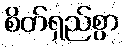
စိတ်ရှည်စွာ